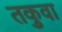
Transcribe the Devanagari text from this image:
तकुवा